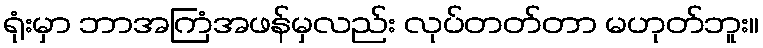
ရုံးမှာ ဘာအကြံအဖန်မှလည်း လုပ်တတ်တာ မဟုတ်ဘူး။